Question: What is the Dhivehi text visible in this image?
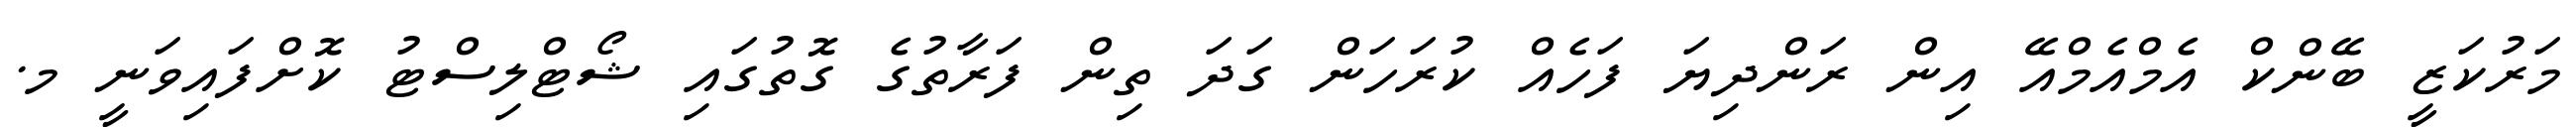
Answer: މަރުކަޒީ ބޭންކް އެމްއެމްއޭ އިން ރަންދިޔަ ފަހެއް ކުރަހަން ގަދަ ތިން ފަރާތުގެ ގޮތުގައި ޝޯޓްލިސްޓު ކޮށްފައިވަނީ މ.